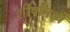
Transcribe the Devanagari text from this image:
शीर्षामध्ये